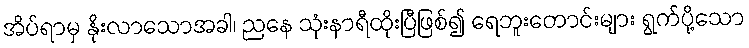
အိပ်ရာမှ နိုးလာသောအခါ၊ ညနေ သုံးနာရီထိုးပြီဖြစ်၍ ရေဘူးတောင်းများ ရွက်ပို့သော